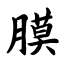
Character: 膜